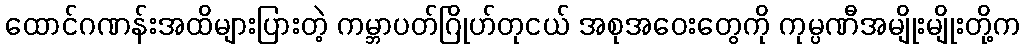
ထောင်ဂဏန်းအထိများပြားတဲ့ ကမ္ဘာပတ်ဂြိုဟ်တုငယ် အစုအဝေးတွေကို ကုမ္ပဏီအမျိုးမျိုးတို့က